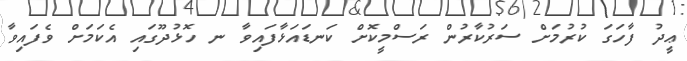
ޢީދު ފާހަގަ ކުރުމަށް ސަރުކާރުން ރަސްމީކޮށް ކަނޑައަޅާފައިވާ ނ ހޮޅުދޫގައި އެކަމަށް ވެފައިވާ